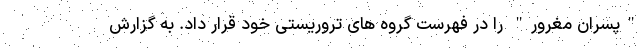
"پسران مغرور" را در فهرست گروه های تروریستی خود قرار داد. به گزارش